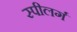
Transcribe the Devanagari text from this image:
स्पीलर्ग